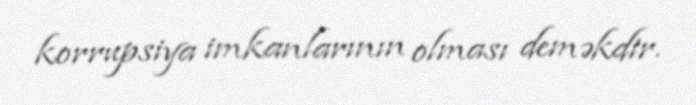
korrupsiya imkanlarının olması deməkdir.